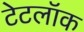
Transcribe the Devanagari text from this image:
टेटलॉक